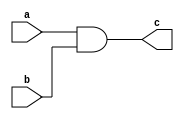
`timescale 1ns / 1ps
//////////////////////////////////////////////////////////////////////////////////
// Institute: NIT Rourkela 
// Design Name: Priteesh Ranjan
// Module Name: Mux
// Project Name: 4x1 Mux 
//////////////////////////////////////////////////////////////////////////////////

module and_gate(a,b,c);
input a,b;
output c;
and(c,a,b);
endmodule